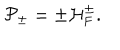
{ \cal P } _ { \pm } = \pm { \cal H } _ { \mathrm { F } } ^ { \pm } .